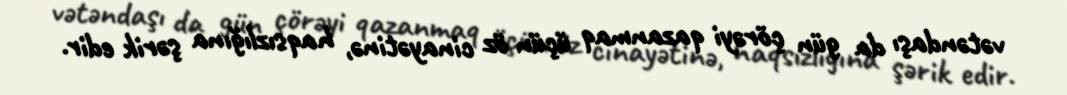
vətəndaşı da gün çörəyi qazanmaq üçün öz cinayətinə, haqsızlığına şərik edir.